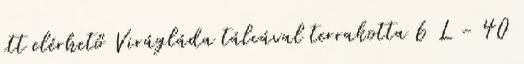
itt elérhető Virágláda tálcával terrakotta 6 L - 40